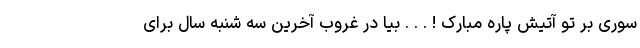
سوری بر تو آتیش پاره مبارک ! . . . بیا در غروب آخرین سه شنبه سال برای